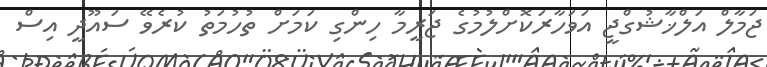
ޖަމާލް އަލްޚާޝުގްޖީ އަވަހާރަކޮށްލުމުގެ ޖަރީމާ ހިންގި ކަމަށް ތުހުމަތު ކުރެވޭ ސައޫދީ އިސް